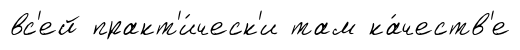
вс'ей практ'и́ческ'и там ка́честв'е